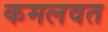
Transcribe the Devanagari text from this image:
कमलवत